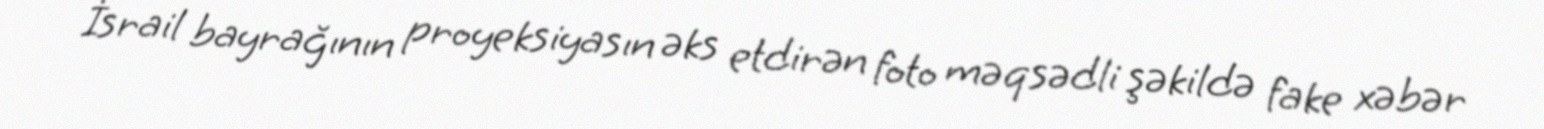
İsrail bayrağının proyeksiyasın əks etdirən foto məqsədli şəkildə fake xəbər